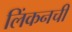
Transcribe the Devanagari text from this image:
लिंकनची